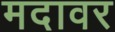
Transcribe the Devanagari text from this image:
मदावर